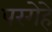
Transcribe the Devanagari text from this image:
परगेहे